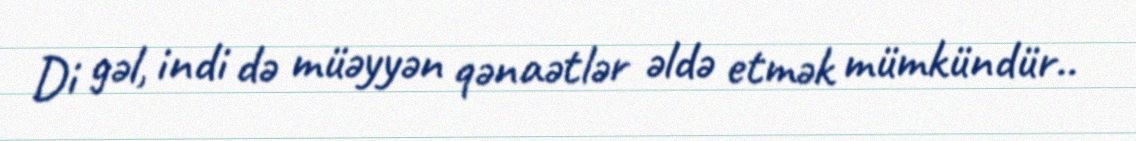
Di gəl, indi də müəyyən qənaətlər əldə etmək mümkündür..